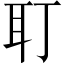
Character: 耵